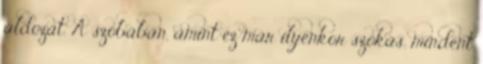
áldozat. A szobában, amint ez már ilyenkor szokás, mindent